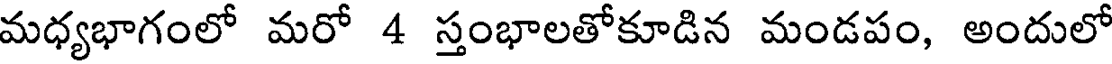
మధ్యభాగంలో మరో 4 స్తంభాలతోకూడిన మండపం, అందులో